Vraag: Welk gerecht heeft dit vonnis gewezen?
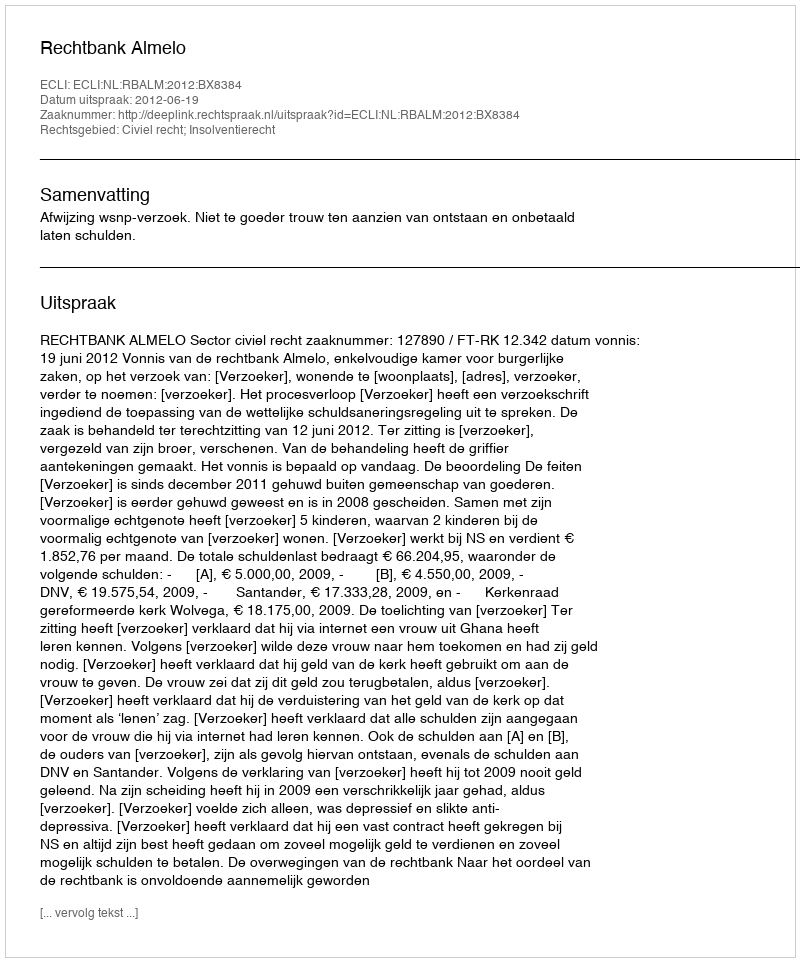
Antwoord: Rechtbank Almelo